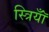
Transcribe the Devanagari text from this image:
स्त्रियॉँ